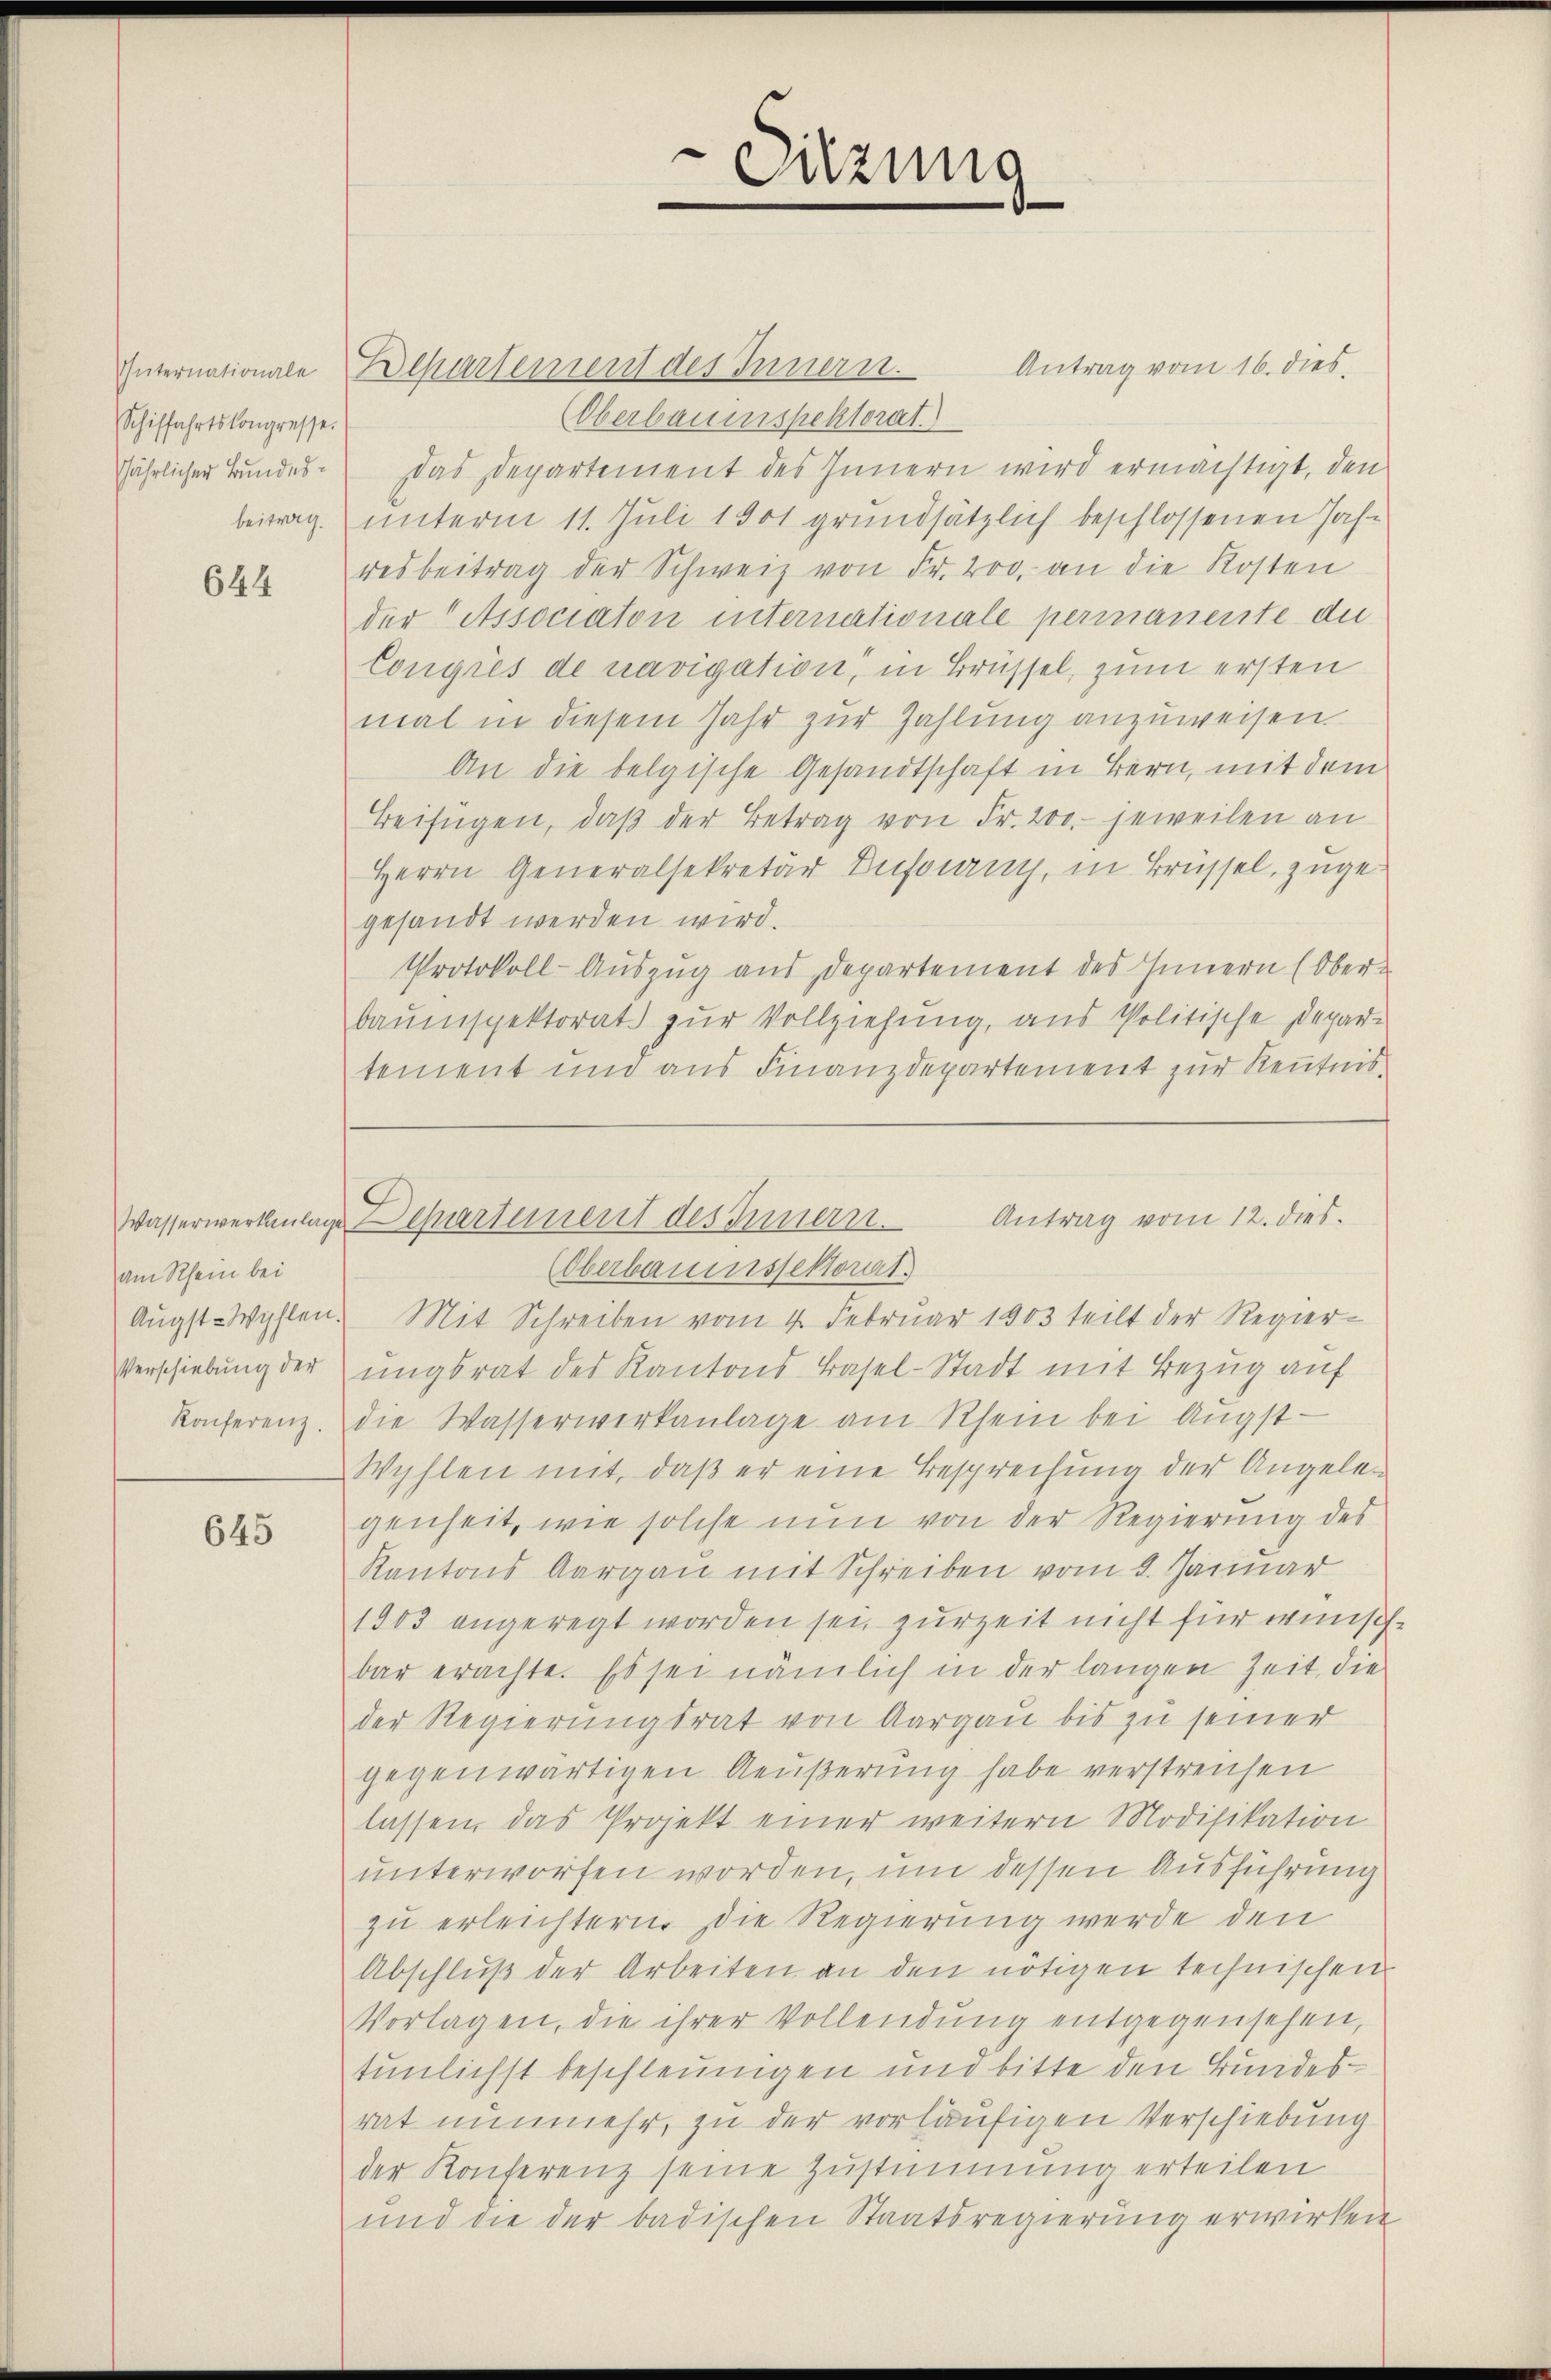
Schiffahrtskongresse.
jährlicher Bundes¬

644

am Rhein bei
Augst-Wihlen.
Verschiebung der

645

Antrag vom 16. dies
Internationale Repartement des Innern.
Oberbauenspektorat.
das Departement des Innern wird ermächtigt, den
beitrag unterm 11. Juli 1901 grundsätzlich beschlossenen Jahresbeitrag der Schweiz von Fr. 200. an die Kosten
der Association internationale permanente die
Congres de navigation, in Brüssel, zum ersten
mal in diesem Jahr zur Zahlung anzuweisen
An die belgische Gesandtschaft in Bern, mit dem
Beifügen, daβ der Betrag von Fr. 200. - jeweilen an
Herrn Generalsekretär Duforang, in Brüssel, zugegesandt werden wird.
Protokoll-Auszug aus Departement des Innern (Oberbauinspektorat zur Vollziehung, aus Politische Depar-
tement und aus Finanzdepartement zur Kenntnis

(Oberbauenssektorat.
Mit Schreiben vom 4. Februar 1903 teilt der Regier-
ungsrat des Kantons Basel-Stadt mit Bezug auf
Konferenz. Die Wasserwerkanlage am Rhein bei Augst¬
Wyhlen mit, daß er eine Besprechung der Angelegenheit, wie solche nun von der Regierung des
Kantons Aargau mit Schreiben vom 2. Januar
1803 angeregt worden sei, zurzeit nicht für wünschbar erachte. Es sei nämlich in der langen Zeit, die
der Regierungsrat von Aargau bis zu seiner
gegenwärtigen Aeußerung habe verstreichen
lassen, das Projekt einer weitern Modifikation
unterworfen worden, um dessen Ausführung
zu erleichtern. Die Regierung werde den
Abschluß der Arbeiten an den nötigen technischen
Vorlagen, die ihrer Vollendung entgegensehen,
tunlichst beschleunigen und bitte den Bundesrat nunmehr, zu der vorläufigen Verschiebung
der Konferenz seine Zustimmung erteilen
und die der badischen Staatsregierung erwirken

6
itzung

Antrag vom 12. dies
Wasserwerkenlage partement des Innern.